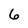
Character: 6